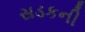
સડકની